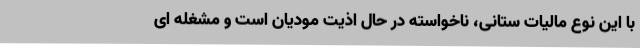
با این نوع مالیات ستانی، ناخواسته در حال اذیت مودیان است و مشغله ای